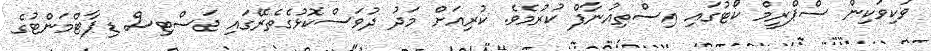
ވަކިވަކިން ސްޕްރީމް ކޯޓުގައި އިސްތިއުނާފް ކުރުމެވެ. ކުރިއަށް މަދު ދުވަސްކޮޅުގެތެރޭގައި ޖަސްޓިސް ޑިޕާޓްމަންޓުގެ